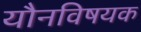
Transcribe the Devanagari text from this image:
यौनविषयक